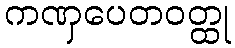
ကဏှပေတဝတ္ထု